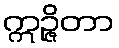
ဣဉ္ဇိတာ